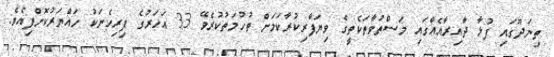
ތިނަދޫގައި ފުޅާ ދާއިރާއެއްގައި މަސްތުވާތަކެތީގެ ވިޔަފާރިކުރާކަމަށް ތުހުމަތުކުރެވޭ 33 އަހަރުގެ ފިރިހެނަކު ހައްޔަރުކޮށްފިއެވެ.